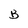
Character: B